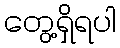
တွေ့ရှိရပါ